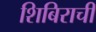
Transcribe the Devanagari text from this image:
शिबिराची